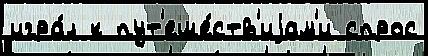
игра́л к пут'еше́ств'иjам'и спрос